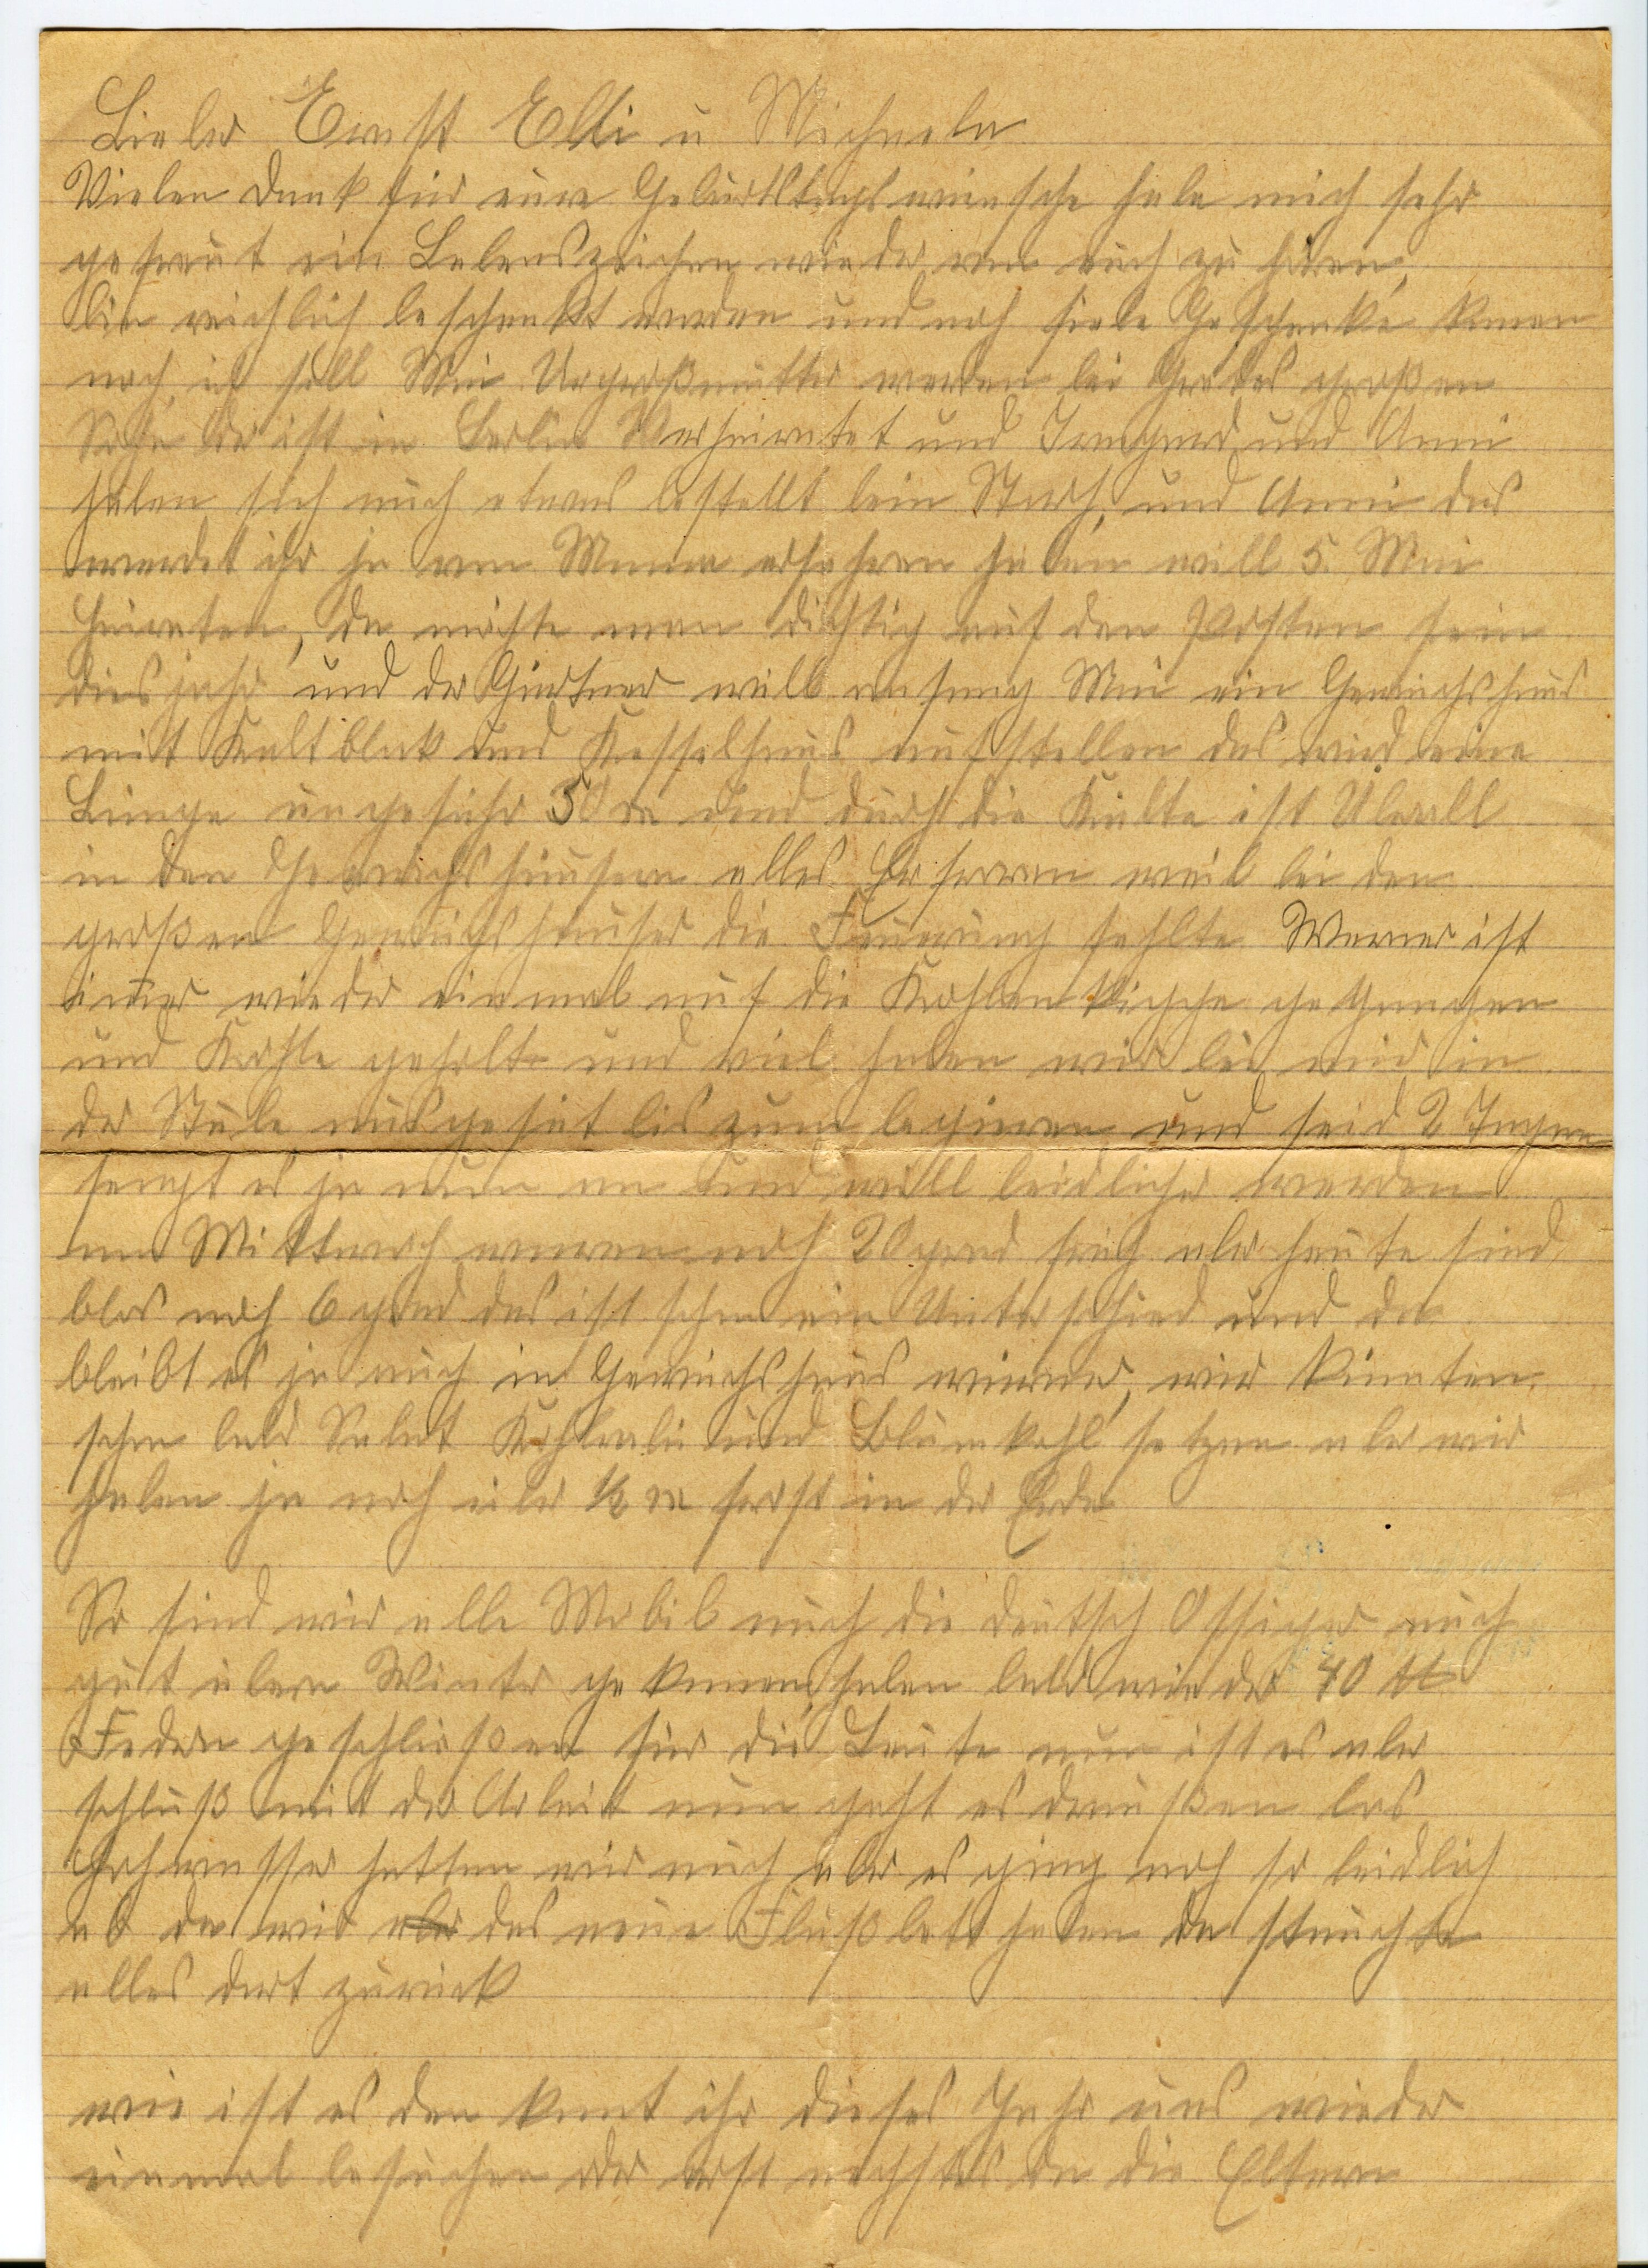
Liebe Ernst Elli u. Michaela
Vielen Dank für eure Geburtstags wünsche habe mich sehr
gefreut ein Lebenszeichen wieder von euch zu hören,
bin reichlich beschenkt worden und noch fiele Geschenke kamen
nach, ich soll Wie Urgroßmutter werden bei Gretes großen
Sohn der ist in Berlin Verheiratet und Irmgard und Anne
haben sich noch etwas bestellt beim Storch, und Anne das
werdet ihr ja von Mamma erfahren haben will 5. Mai
heiraten, da müßte man düchtig auf den Posten sein
dies jahr und der Gärtner will anfang Mai ein Gewächshaus
mit Kaltblock und Kesselhaus aufstellen das wird eine
Länge ungefähr 30 m und durch die Kälte ist Überall
in den Gewächshäusern alles Erfroren weil bei den
grossen Gewächshäuser die Feuerung fehlte Werner ist
immer wieder einmal auf die Kohlenkippe gegangen
und Kohle geholt und viel haben wir bei mir in
der Stube ausgesät bis zum beginnen und seid 2 Tagen
fengt es ja nun an und will leidlicher werden
am Mittwoch waren noch 20 grad früh aber heute sind
blos noch 6 grad das ist schon ein Unterschied und da
bleibt es ja auch im Gewächshaus wärmer, wir könnten
schon bald Salat Kohlrabi und Blumenkohl setzen aber wir
haben ja noch über 1/2 m frost in der Erde.
So sind wir alle Mobil auch die deutsch Ossiger auch
gut über Winter gekommen haben bald wieder 40 tt
Federn geschliessen für die Leute nun ist es aber
Schluß mit der Arbeit nun geht es draußen los
Hochwasser hatten wir noch aber es ging noch so leidlich
ab da wir aber das neue Flussbett heben die Streucher
alles dort zurück.
wie ist es den kommt ihr dieses Jahr uns wieder
einmal besuchen oder erst nächstes da die Eltern